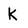
Character: k